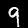
Digit: 9